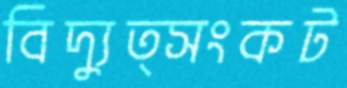
বিদ্যুত্সংকট